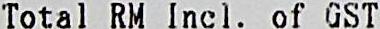
TOTAL RM INCL. OF GST